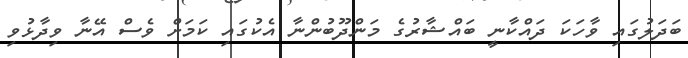
ބަދަލުގައި ވާހަކަ ދައްކާނީ ބައްޝާރުގެ މަންދޫބުންނާ އެކުގައި ކަމަށް ވެސް އޭނާ ވިދާޅުވި